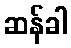
ဆန်ခါ